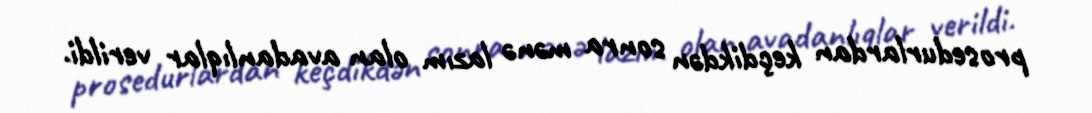
prosedurlardan keçdikdən sonra mənə lazım olan avadanlıqlar verildi.